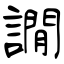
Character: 譋